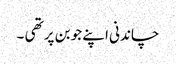
چاندنی اپنے جوبن پر تھی ۔